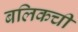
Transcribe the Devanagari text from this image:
बलिकची